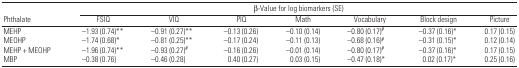
<table><thead><tr><td></td><td colspan="7"><b>β-Value for log biomarkers (SE)</b></td></tr><tr><td><b>Phthalate</b></td><td><b>FSIQ</b></td><td><b>VIQ</b></td><td><b>PIQ</b></td><td><b>Math</b></td><td><b>Vocabulary</b></td><td><b>Block design</b></td><td><b>Picture</b></td></tr></thead><tbody><tr><td>MEHP</td><td>−1.93 (0.74)**</td><td>−0.91 (0.27)**</td><td>−0.13 (0.26)</td><td>−0.10 (0.14)</td><td>−0.80 (0.17)#</td><td>−0.37 (0.16)*</td><td>0.17 (0.15)</td></tr><tr><td>MEOHP</td><td>−1.74 (0.68)*</td><td>−0.81 (0.25)**</td><td>−0.17 (0.24)</td><td>−0.11 (0.13)</td><td>−0.68 (0.16)#</td><td>−0.31 (0.15)*</td><td>0.12 (0.14)</td></tr><tr><td>MEHP + MEOHP</td><td>−1.96 (0.74)**</td><td>−0.93 (0.27)#</td><td>−0.16 (0.26)</td><td>−0.01 (0.14)</td><td>−0.80 (0.17)#</td><td>−0.37 (0.16)*</td><td>0.17 (0.15)</td></tr><tr><td>MBP</td><td>−0.38 (0.76)</td><td>−0.46 (0.28)</td><td>0.40 (0.27)</td><td>0.03 (0.15)</td><td>−0.47 (0.18)*</td><td>0.02 (0.17)*</td><td>0.25 (0.16)</td></tr></tbody></table>